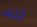
تلف